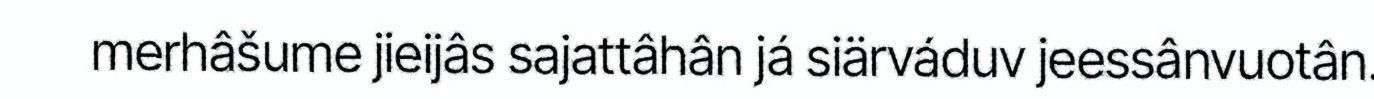
merhâšume jieijâs sajattâhân já siärváduv jeessânvuotân.